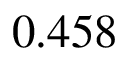
0 . 4 5 8